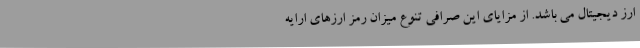
ارز دیجیتال می باشد. از مزایای این صرافی تنوع میزان رمز ارزهای ارایه